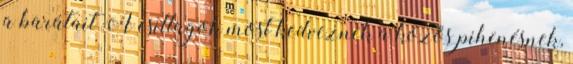
a barátait A csillagok most kedveznek a közös pihenésnek,